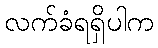
လက်ခံရရှိပါက